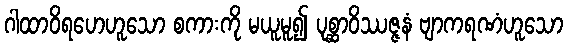
ဂါထာဝိရဟေဟူသော စကားကို မယူမူ၍ ပုစ္ဆာဝိဿဇ္ဇနံ ဗျာကရဏံဟူသော